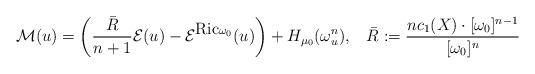
LaTeX: \begin{align*}\mathcal{M}(u)=\left(\frac{\bar{R}}{n+1}\mathcal{E}(u)-\mathcal{E}^{\mbox{Ric}\ensuremath{\omega_{0}}}(u)\right)+H_{\mu_{0}}(\omega_{u}^{n}),\,\,\,\,\,\bar{R}:=\frac{nc_{1}(X)\cdot[\omega_{0}]^{n-1}}{[\omega_{0}]^{n}}\end{align*}